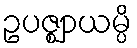
ဥပဇ္ဈာယမ္ပိ